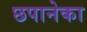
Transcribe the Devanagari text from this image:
छपानेका